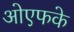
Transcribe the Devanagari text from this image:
ओएफके